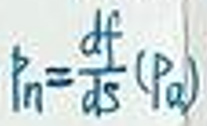
$p _ { n } = \frac { d f } { d s } ( p _ { a } )$